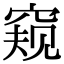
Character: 窥